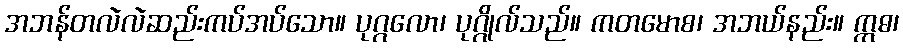
အဘန်တလဲလဲဆည်းကပ်အပ်သော။ ပုဂ္ဂလော၊ ပုဂ္ဂိုလ်သည်။ ကတမောစ၊ အဘယ်နည်း။ ဣဓ၊